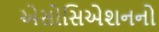
એસોસિએશનનો